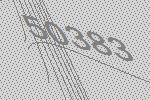
50383